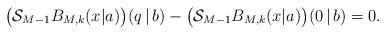
LaTeX: \begin{align*}\bigl(\mathcal{S}_{M-1} B_{M, k}(x|a)\bigr)(q\,|\,b) & - \bigl(\mathcal{S}_{M-1} B_{M, k}(x|a)\bigr)(0\,|\,b) = 0.\end{align*}